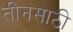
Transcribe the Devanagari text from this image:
तीनसाठी